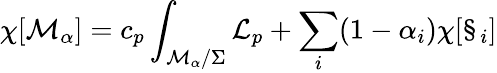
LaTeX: \chi[{\cal M}_{\alpha}]=c_{p}\int_{{\cal M}_{\alpha}/\Sigma}{\cal L}_{p}+\sum_{i}(1-\alpha_{i})\chi[\S_{i}]